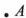
.A